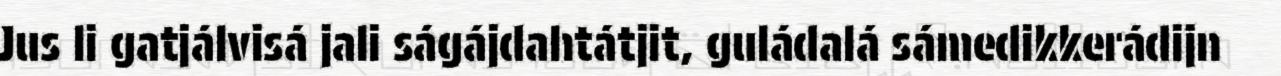
Jus li gatjálvisá jali ságájdahtátjit, guládalá sámedikkerádijn